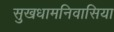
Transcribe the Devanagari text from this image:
सुखधामनिवासिया